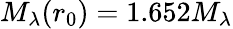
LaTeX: M_{\lambda}(r_{0})=1.652M_{\lambda}